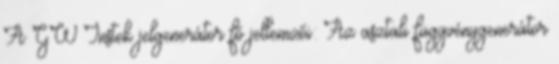
A GW Instek jelgenerátor fő jellemzői: Az asztali függvénygenerátor